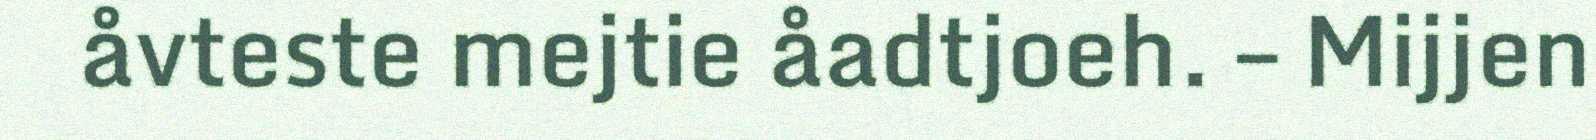
åvteste mejtie åadtjoeh. – Mijjen